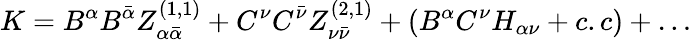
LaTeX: K=B^{\alpha}B^{\bar{\alpha}}Z_{\alpha{\bar{\alpha}}}^{(1,1)}+C^{\nu}C^{\bar{\nu}}Z_{\nu{\bar{\nu}}}^{(2,1)}+(B^{\alpha}C^{\nu}H_{\alpha\nu}+c.c)+\dots